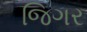
જિગર